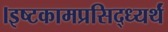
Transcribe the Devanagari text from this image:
।इष्टकामप्रसिद्ध्यर्थं